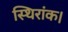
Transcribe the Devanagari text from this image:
स्थिरांक।